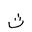
Letter: _tha